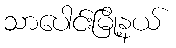
သာပေါင်းမြို့နယ်